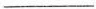
___